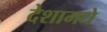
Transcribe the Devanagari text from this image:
देशामधे